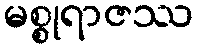
မစ္စုရာဇဿ